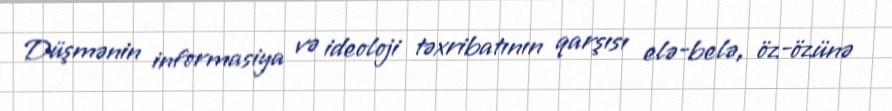
Düşmənin informasiya və ideoloji təxribatının qarşısı elə-belə, öz-özünə